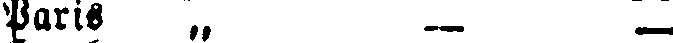
Paris „ __ __